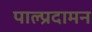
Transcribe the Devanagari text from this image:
पाल्प्रदामन